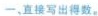
一、直接写出得数。